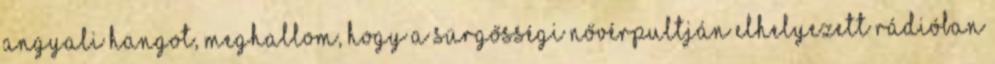
angyali hangot, meghallom, hogy a sürgősségi nővérpultján elhelyezett rádióban